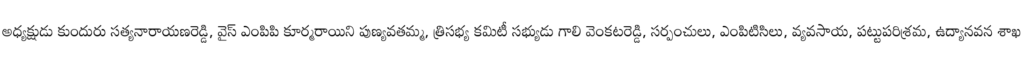
అధ్యక్షుడు కుందురు సత్యనారాయణరెడ్డి, వైస్ ఎంపిపి కూర్మరాయిని పుణ్యవతమ్మ, త్రిసభ్య కమిటీ సభ్యుడు గాలి వెంకటరెడ్డి, సర్పంచులు, ఎంపిటిసిలు, వ్యవసాయ, పట్టుపరిశ్రమ, ఉద్యానవన శాఖ